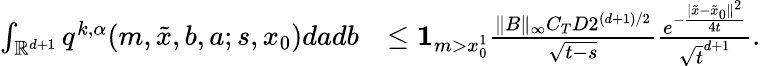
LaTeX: \begin{array}{rl}{\int_{\mathbb{R}^{d+1}}q^{k,\alpha}(m,\tilde{x},b,a;s,x_{0})dadb}&{\leq{\mathbf 1}_{m>x_{0}^{1}}\frac{\| B\| _{\infty}C_{T}D2^{(d+1)/2}}{\sqrt{t-s}}\frac{e^{-\frac{|\tilde{x}-\tilde{x}_{0}\| ^{2}}{4t}}}{\sqrt{t}^{d+1}}.}\end{array}